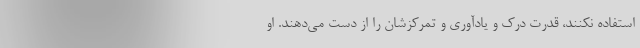
استفاده نکنند، قدرت درک و یادآوری و تمرکزشان را از دست می‌دهند. او